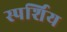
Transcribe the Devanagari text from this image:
स्पर्शिय